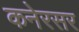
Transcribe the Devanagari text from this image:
कनेरसर